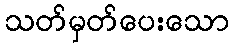
သတ်မှတ်ပေးသော